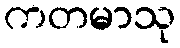
ကတမာသု